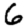
Digit: 6